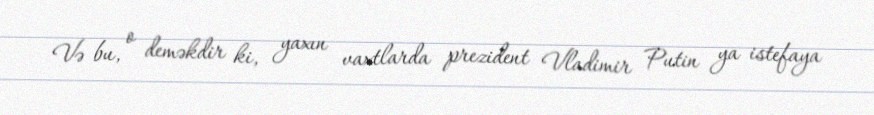
Və bu, o deməkdir ki, yaxın vaxtlarda prezident Vladimir Putin ya istefaya